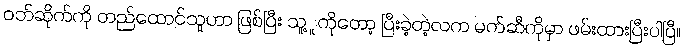
ဝဘ်ဆိုက်ကို တည်ထောင်သူဟာ ဖြစ်ပြီး သူ့ူကိုတော့ ပြီးခဲ့တဲ့လက မက်ဆီကိုမှာ ဖမ်းထားပြီးပါပြီ။